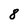
Character: 8